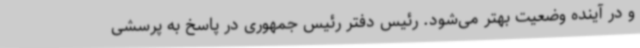
و در آینده وضعیت بهتر می‌شود. رئیس دفتر رئیس جمهوری در پاسخ به پرسشی